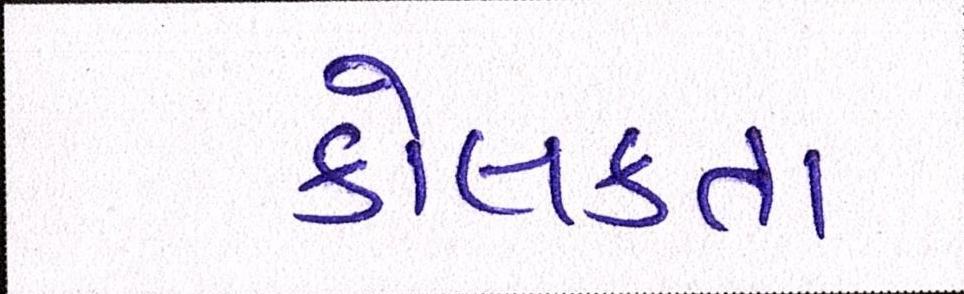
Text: કોલકતા